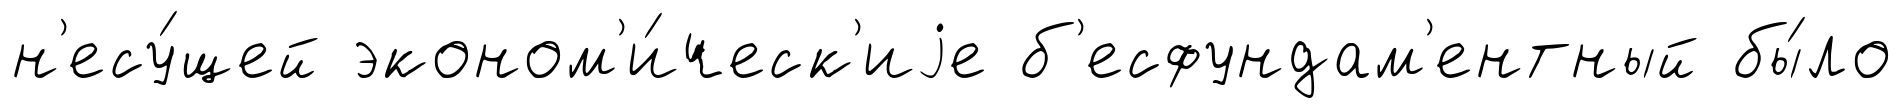
н'есу́щей эконом'и́ческ'иjе б'есфундам'ентный бы́ло